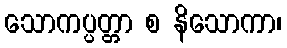
သောကပ္ပတ္တာ စ နိသောကာ၊